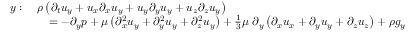
{ \begin{array} { r l } { y : \ } & { \rho \left( { \partial _ { t } u _ { y } } + u _ { x } { \partial _ { x } u _ { y } } + u _ { y } { \partial _ { y } u _ { y } } + u _ { z } { \partial _ { z } u _ { y } } \right) } \\ & { \quad = - { \partial _ { y } p } + \mu \left( { \partial _ { x } ^ { 2 } u _ { y } } + { \partial _ { y } ^ { 2 } u _ { y } } + { \partial _ { z } ^ { 2 } u _ { y } } \right) + { \frac { 1 } { 3 } } \mu \ \partial _ { y } \left( { \partial _ { x } u _ { x } } + { \partial _ { y } u _ { y } } + { \partial _ { z } u _ { z } } \right) + \rho g _ { y } } \end{array} }